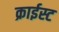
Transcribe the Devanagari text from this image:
क्राईस्ट